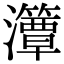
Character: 㶘